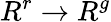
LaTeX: R^{r}\to R^{g}